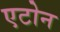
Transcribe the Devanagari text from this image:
एटोन